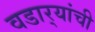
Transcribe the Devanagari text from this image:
वडार्‍यांची